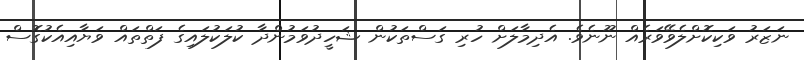
ނަޒަރު ވަކިކޮށްލެވޭވަރެއް ނޫނެވެ. އެދިމާލަށް ހުރި ގަސްތަކުން ޝަހީދުވަމުންދާ ކުލަކުލައިގެ ފަތްތައް ވަޔާއިއެކުގޮސް